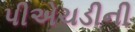
પીએચડીની